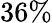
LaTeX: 36\%